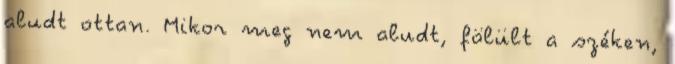
aludt ottan. Mikor meg nem aludt, fölült a széken,